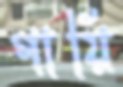
গায়ি